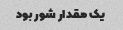
یک مقدار شور بود